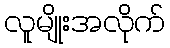
လူမျိုးအလိုက်